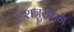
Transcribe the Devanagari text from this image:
६शत्रुस्थान